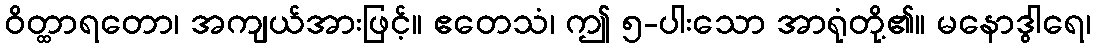
ဝိတ္ထာရတော၊ အကျယ်အားဖြင့်။ ဧတေသံ၊ ဤ ၅-ပါးသော အာရုံတို့၏။ မနောဒွါရေ၊